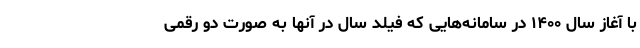
با آغاز سال ۱۴۰۰ در سامانه‌هایی که فیلد سال در آنها به صورت دو رقمی